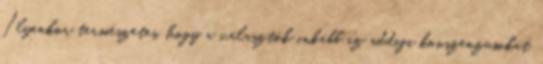
Ilyenkor természetes, hogy a választók inkább az addigi konszenzusokat